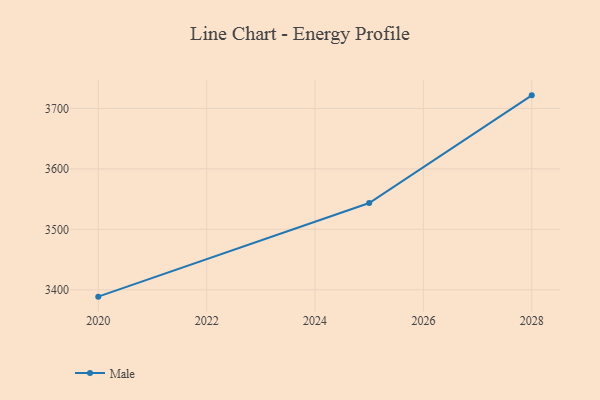
{"axis": {"x": "Year", "y": "Customer Acquisition Cost (USD)"}, "legend": ["Male"], "data": [{"x": "2020", "y": 3388.7, "type": "Male"}, {"x": "2025", "y": 3543.6, "type": "Male"}, {"x": "2028", "y": 3721.7, "type": "Male"}]}